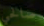
صالحي